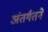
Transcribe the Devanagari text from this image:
अंतर्गतने